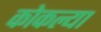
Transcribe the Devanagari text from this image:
कोकल्या